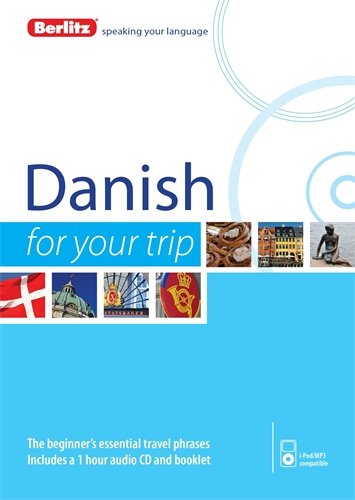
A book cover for Berlitz Danish For Your Trip; Berlitz Publishing; Travel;